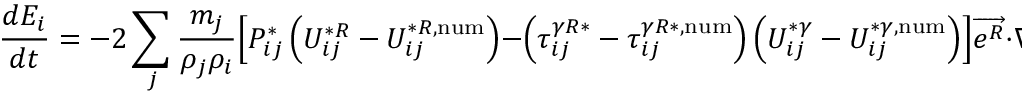
\frac { d E _ { i } } { d t } = - 2 \sum _ { j } \frac { m _ { j } } { \rho _ { j } \rho _ { i } } \Bigl [ P _ { i j } ^ { * } \left( U _ { i j } ^ { * R } - U _ { i j } ^ { * R , \mathrm { n u m } } \right) - \left( \tau _ { i j } ^ { \gamma R * } - \tau _ { i j } ^ { \gamma R * , \mathrm { n u m } } \right) \left( U _ { i j } ^ { * \gamma } - U _ { i j } ^ { * \gamma , \mathrm { n u m } } \right) \Bigr ] \overrightarrow { e ^ { R } } \cdot \nabla _ { i } W _ { i j } .